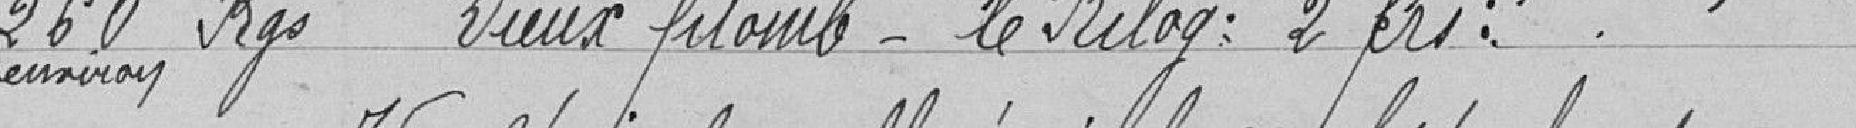
260 kgs environ Vieux Plomb - le kilog : 2 frs.